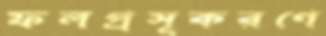
ফলপ্রসূকরণে